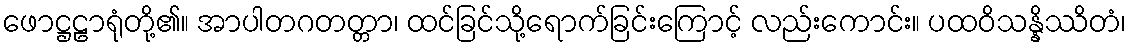
ဖောဋ္ဌဠာရုံတို့၏။ အာပါတဂတတ္တာ၊ ထင်ခြင်သို့ရောက်ခြင်းကြောင့် လည်းကောင်း။ ပထဝိသန္နိဿိတံ၊